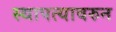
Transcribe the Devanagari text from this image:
स्थापत्यावरुन